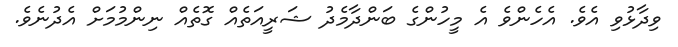
ވިދާޅުވި އެވެ. އެހެންވެ އެ މީހުންގެ ބަންދާމެދު ޝަރީއަތެއް ގޮތެއް ނިންމުމަށް އެދުނެވެ.